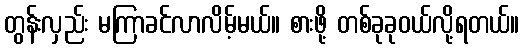
တွန်းလှည်း မကြာခင်လာလိမ့်မယ်။ စားဖို့ တစ်ခုခုဝယ်လို့ရတယ်။